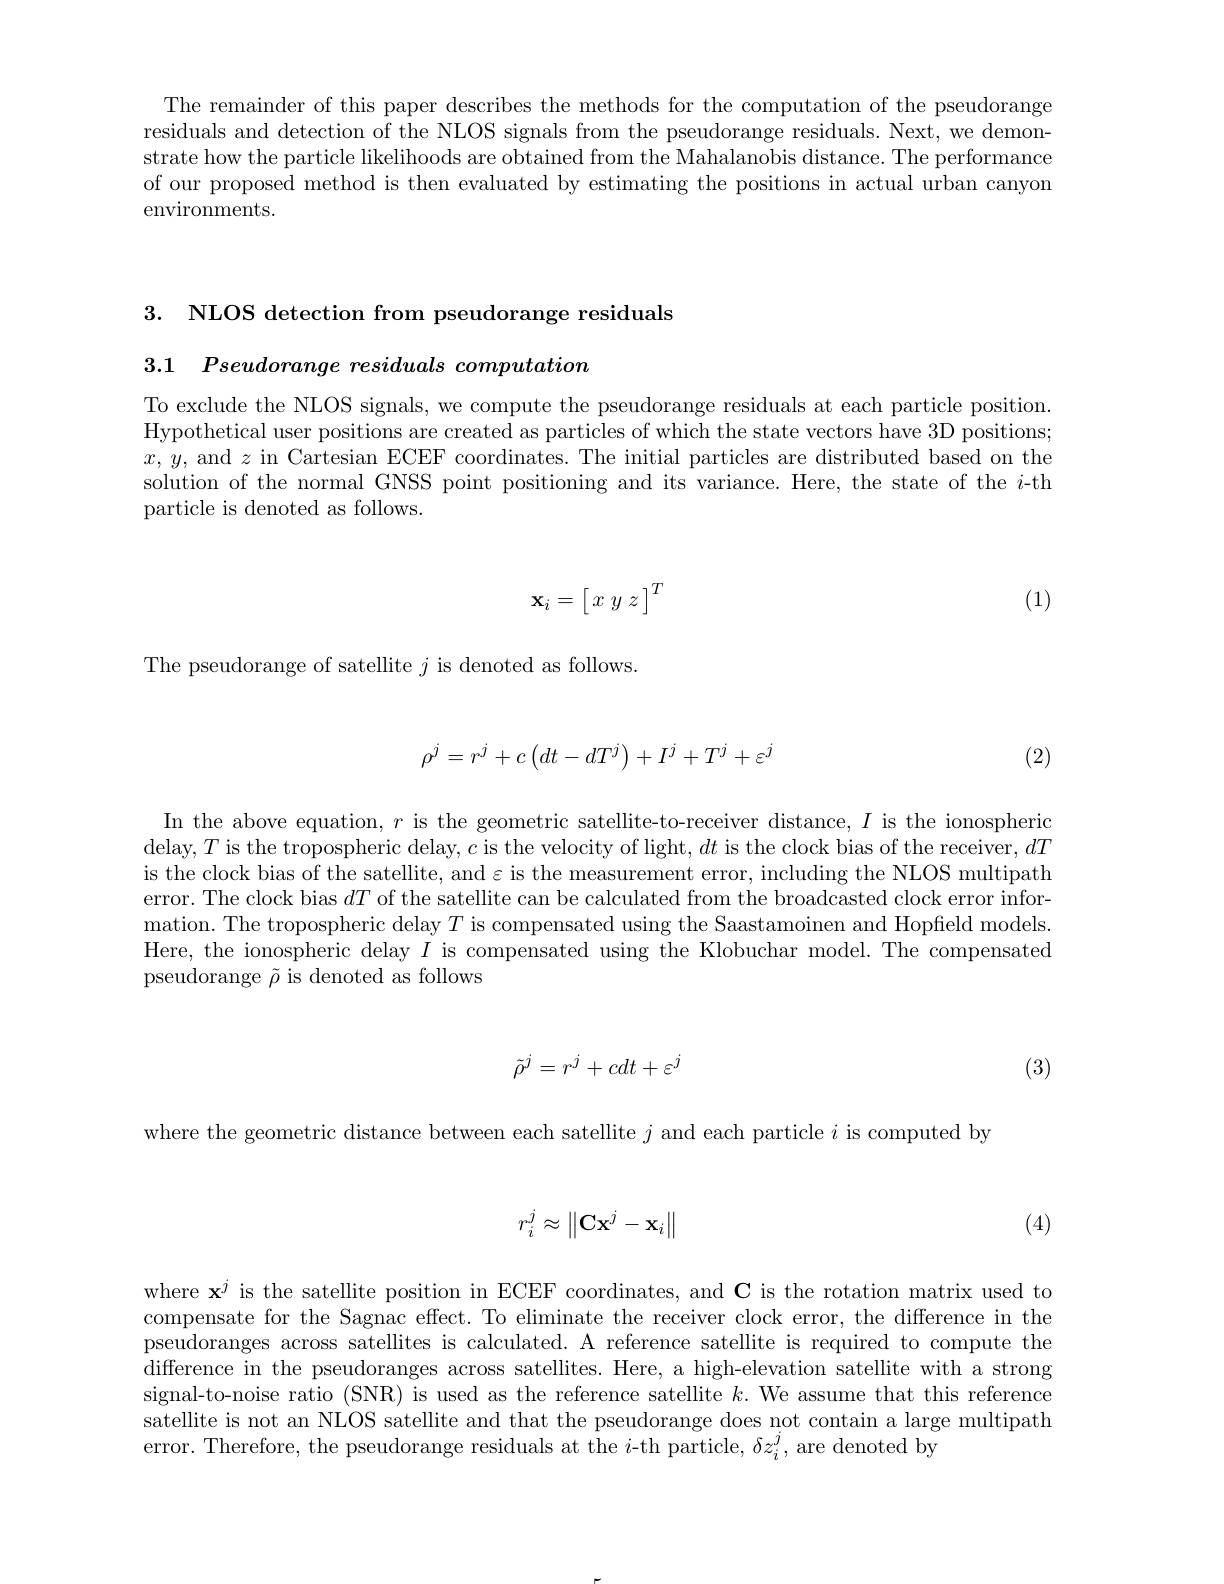
The remainder of this paper describes the methods for the computation of the pseudorange residuals and detection of the NLOS signals from the pseudorange residuals. Next, we demonstrate how the particle likelihoods are obtained from the Mahalanobis distance. The performance of our proposed method is then evaluated by estimating the positions in actual urban canyon environments.

3. NLOS detection from pseudorange residuals

3.1 $\textit{Pseudorange residuals computation}$

To exclude the NLOS signals, we compute the pseudorange residuals at each particle position. Hypothetical user positions are created as particles of which the state vectors have 3D positions; $x,y$, and $z$ in Cartesian ECEF coordinates. The initial particles are distributed based on the solution of the normal GNSS point positioning and its variance. Here, the state of the $i$-th particle is denoted as follows.
$$\mathbf{x}_i=\left[\begin{matrix}x&y&z\end{matrix}\right]^T$$
(1)

The pseudorange of satellite $j$ is denoted as follows
$$\rho^j=r^j+c\left(dt-dT^j\right)+I^j+T^j+\varepsilon^j$$
(2)

In the above equation, $r$ is the geometric satellite-to-receiver distance, $I$ is the ionospheric delay,$T$ is the tropospheric delay, $c$ is the velocity of light, $dt$ is the clock bias of the receiver, $dT$ is the clock bias of the satellite, and $\varepsilon$ is the measurement error, including the NLOS multipath error. The clock bias $dT$ of the satellite can be calculated from the broadcasted clock error information. The tropospheric delay $T$ is compensated using the Saastamoinen and Hopfield models. Here, the ionospheric delay $I$ is compensated using the Klobuchar model.The compensated pseudorange $\tilde{\rho}$ is denoted as follows
$$\tilde{\rho}^{j}=r^{j}+cdt+\varepsilon^{j}$$
(3)

where the geometric distance between each satellite $j$ and each particle $i$ is computed by
$$r_i^j\approx\begin{Vmatrix}\mathbf{C}\mathbf{x}^j-\mathbf{x}_i\end{Vmatrix}$$
(4)

where $\mathbf{x}^j$ is the satellite position in ECEF coordinates, and C is the rotation matrix used to compensate for the Sagnac effect. To eliminate the receiver clock error, the difference in the pseudoranges across satellites is calculated. A reference satellite is required to compute the difference in the pseudoranges across satellites. Here, a high-elevation satellite with a strong signal-to-noise ratio (SNR) is used as the reference satellite $k.$ We assume that this reference satellite is not an NLOS satellite and that the pseudorange does not contain a large multipath error. Therefore, the pseudorange residuals at the $i$-th particle, $\delta z_i^j$, are denoted by